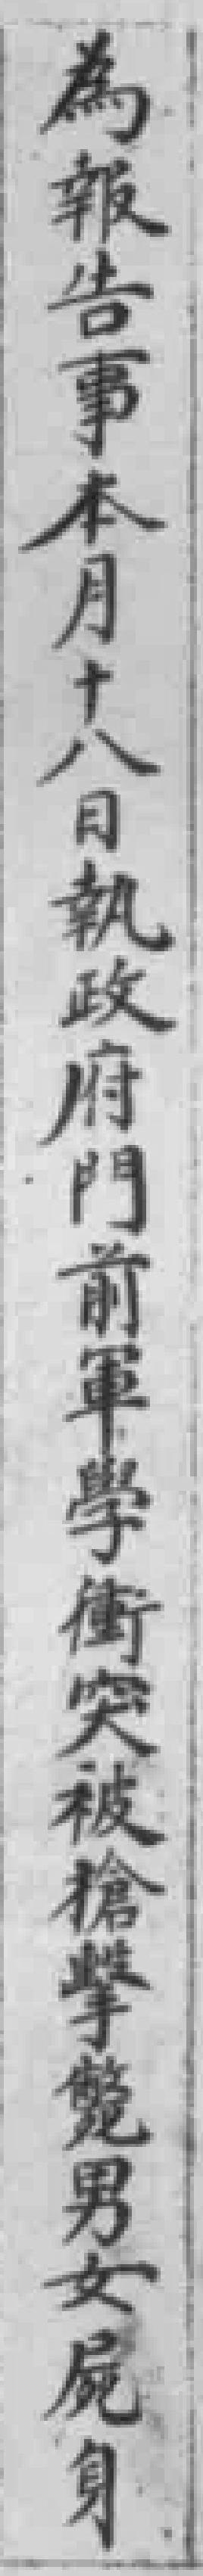
為報告事本月十八日執政府門前軍學衝突被槍槍擊男女屍身